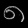
Digit: ၈